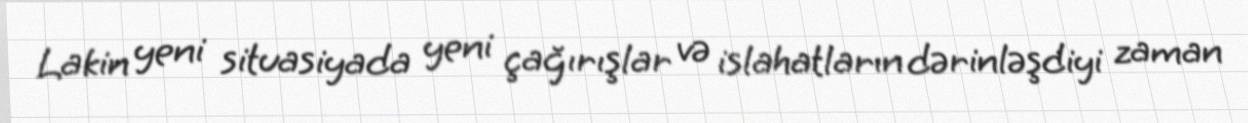
Lakin yeni situasiyada yeni çağırışlar və islahatların dərinləşdiyi zaman